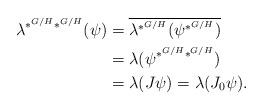
LaTeX: \begin{align*}\lambda^{\ast^{G/H}\ast^{G/H}}(\psi)&=\overline{\lambda^{\ast^{G/H}}(\psi^{\ast^{G/H}})}\\&=\lambda(\psi^{\ast^{G/H}\ast^{G/H}})\\&=\lambda(J\psi)=\lambda(J_0\psi).\end{align*}